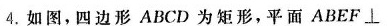
4.如 图,四边形 ABCD 为矩形,平面 ABEF \perp